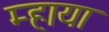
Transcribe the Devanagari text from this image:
म्हाया